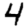
Digit: 4